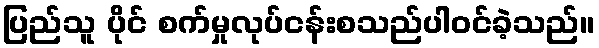
ပြည်သူ ပိုင် စက်မှုလုပ်ငန်းစသည်ပါဝင်ခဲ့သည်။